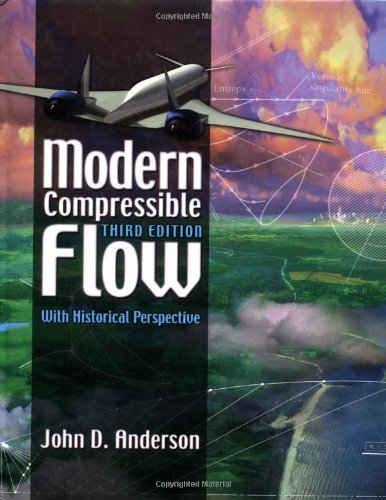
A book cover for Modern Compressible Flow: With Historical Perspective; John Anderson; Science & Math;